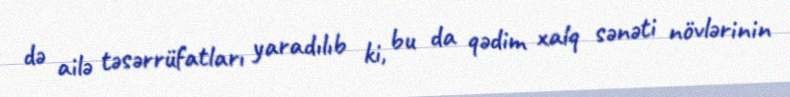
də ailə təsərrüfatları yaradılıb ki, bu da qədim xalq sənəti növlərinin